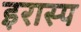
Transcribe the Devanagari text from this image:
इरास्प